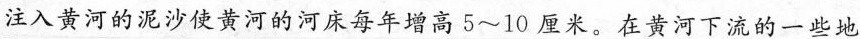
注入黄河的泥沙使黄河的河床每年增高5~10厘米。在黄河下流的一些地